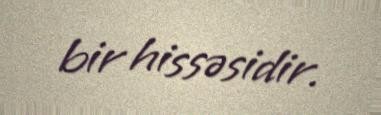
bir hissəsidir.